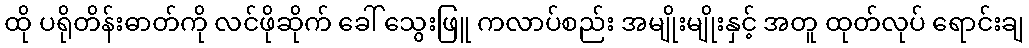
ထို ပရိုတိန်းဓာတ်ကို လင်ဖိုဆိုက် ခေါ် သွေးဖြူ ကလာပ်စည်း အမျိုးမျိုးနှင့် အတူ ထုတ်လုပ် ရောင်းချ